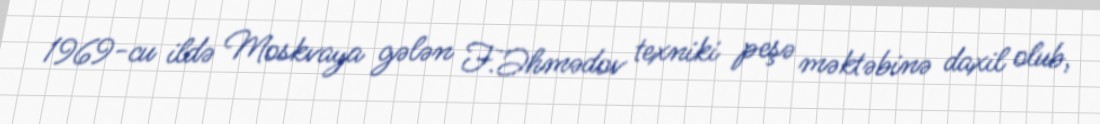
1969-cu ildə Moskvaya gələn F.Əhmədov texniki peşə məktəbinə daxil olub,